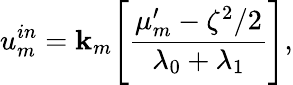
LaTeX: u_{m}^{in}=\mathbf{k}_{m}\Bigg[\frac{{\mu_{m}^{\prime}-\zeta^{2}/2}}{{\lambda_{0}+\lambda_{1}}}\Bigg],